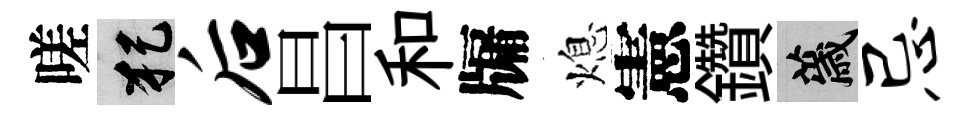
嗟犯后昌和牖熄憲鑽薉忌